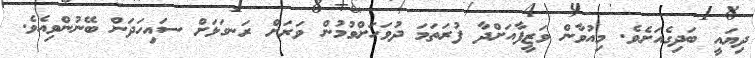
ދިޔައީ ބަދިގެއަށެވެ. މިއުވާން ވަޒީފާއަށްދާ ފުރަތަމަ ދުވަހަށްވުމުން ވަރަށް ރަނގަޅަށް ސައިހަދަން ބޭނުންވިއެވެ.